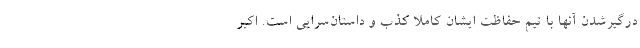
درگیر‌شدن آنها با تیم حفاظت ایشان کاملا کذب و داستان‌سرایی است. اکبر